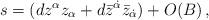
LaTeX: \begin{align*}s=(dz^\alpha z_\alpha +d\bar{z}^{\dot{\alpha}} \bar{z}_{\dot{\alpha}} )+ O(B)\,,\end{align*}